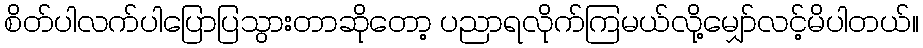
စိတ်ပါလက်ပါပြောပြသွားတာဆိုတော့ ပညာရလိုက်ကြမယ်လို့မျှော်လင့်မိပါတယ်။